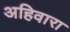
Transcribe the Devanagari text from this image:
अहिवारा